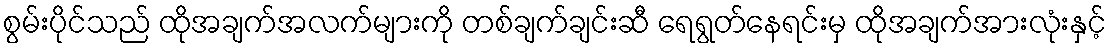
စွမ်းပိုင်သည် ထိုအချက်အလက်များကို တစ်ချက်ချင်းဆီ ရေရွတ်နေရင်းမှ ထိုအချက်အားလုံးနှင့်